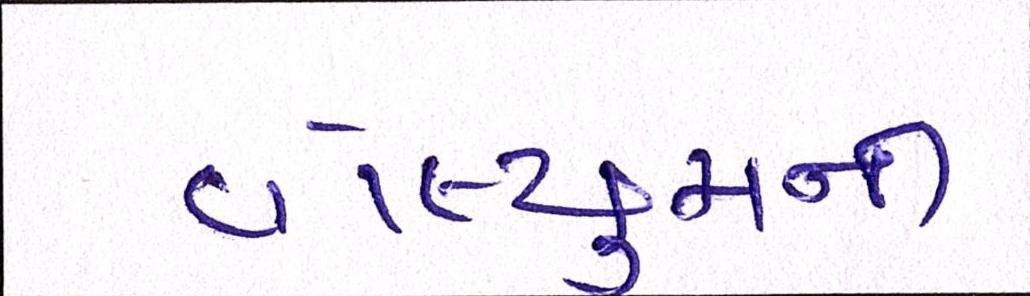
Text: વોલ્યુમની